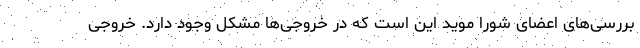
بررسی‌های اعضای شورا موید این است که در خروجی‌ها مشکل وجود دارد. خروجی